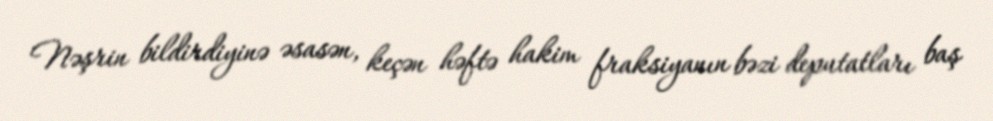
Nəşrin bildirdiyinə əsasən, keçən həftə hakim fraksiyanın bəzi deputatları baş